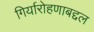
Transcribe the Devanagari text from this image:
गिर्यारोहणाबद्दल